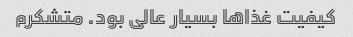
کیفیت غذاها بسیار عالی بود. متشکرم